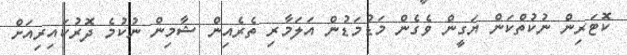
ކޮޓަރިން ނުކުތްކަން ޔަގީން ވެގެން މަޑުމަޑުން އަލަމާރި ތެރެއިން ޝާމިން ނުކުމެ ދޮރުކައިރިއަށް